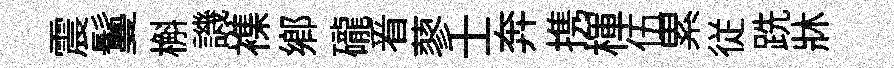
震鬘槲譏襍鄕礲㸔蓼士奔携楎伍累従跣牀